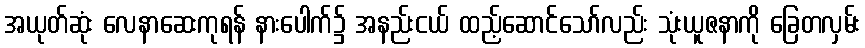
အယုတ်ဆုံး လေနာဆေးကုရန် နားပေါက်၌ အနည်းငယ် ထည့်ဆောင်သော်လည်း သုံးယူဇနာကို ခြေတလှမ်း